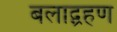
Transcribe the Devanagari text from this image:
बलाद्ग्रहण